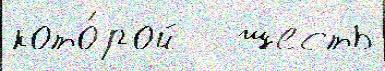
кото́рой   шесть